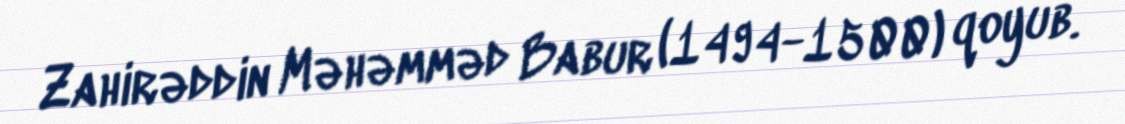
Zahirəddin Məhəmməd Babur (1494-1500) qoyub.